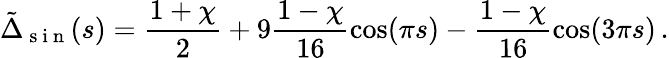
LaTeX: \tilde{\Delta}_{\mathrm{~s~i~n~}}(s)=\frac{1+\chi}{2}+9\frac{1-\chi}{16}\cos(\pi s)-\frac{1-\chi}{16}\cos(3\pi s)\, .